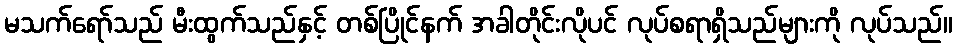
မသက်ရော်သည် မီးထွက်သည်နှင့် တစ်ပြိုင်နက် အခါတိုင်းလိုပင် လုပ်စရာရှိသည်များကို လုပ်သည်။